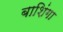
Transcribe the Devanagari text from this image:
बाशिंगा